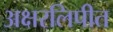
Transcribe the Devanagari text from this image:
अक्षरलिपीत